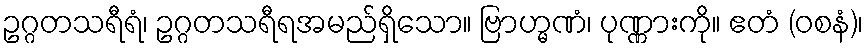
ဥဂ္ဂတသရီရံ၊ ဥဂ္ဂတသရီရအမည်ရှိသော။ ဗြာဟ္မဏံ၊ ပုဏ္ဏားကို။ ဧတံ (ဝစနံ)၊